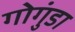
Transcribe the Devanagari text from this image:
गोगुंडा